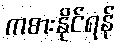
ကစားနိုင်ရန်